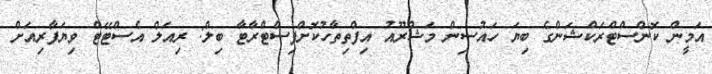
އަމީން ކޮންސްޓްރަކްޝަންގެ ބިޔަ ހައުސިން މަޝްރޫއު އިފްތިތާހުކޮށްފިސްޓްރާޓާ ބިލް: ރިއަލް އެސްޓޭޓް ވިޔަފާރިއަށް